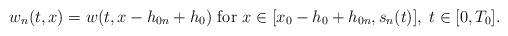
LaTeX: \begin{align*}w_n(t,x)=w(t, x-h_{0n}+h_0) \mbox{ for } x\in [x_0-h_0+h_{0n}, s_n(t)],\; t\in [0, T_0].\end{align*}